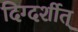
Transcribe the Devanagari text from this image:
दिग्दर्शीत्